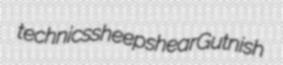
technics sheepshear Gutnish